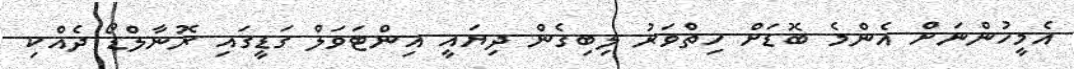
އެމީހުންނަށް އެންމެ ބޮޑަށް ހިތްވަރު ލިބިގެން ދިޔައީ އިންޓަވަލް ގަޑީގައި ރޮނާލްޑޯ ދެެއްކި